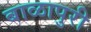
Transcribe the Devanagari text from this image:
बाळापुरी